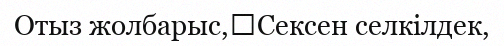
Отыз жолбарыс,	Сексен селкілдек,